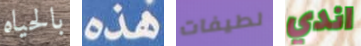
بالحياه هذه لطيفات اندي